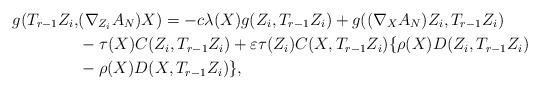
LaTeX: \begin{align*} g(T_{r-1}Z_{i},&(\nabla_{Z_{i}}A_{N})X)=-c\lambda(X)g(Z_{i},T_{r-1}Z_{i})+g((\nabla_{X}A_{N})Z_{i},T_{r-1}Z_{i})\\ &-\tau(X)C(Z_{i},T_{r-1}Z_{i})+\varepsilon\tau(Z_{i})C(X,T_{r-1}Z_{i})\{\rho(X)D(Z_{i},T_{r-1}Z_{i})\\ &-\rho(X)D(X,T_{r-1}Z_{i})\},\end{align*}